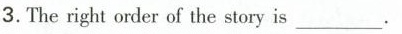
3.The right order of the slory is _